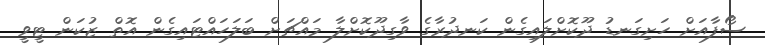
ސޯފާއަށް ހަށިގަނޑު ދޫކޮށްލައިގެން ކަނދުރާގެ ވާގިދޫކޮށްލާ މައްޗަށް ބަލަހައްޓައިގެން އޮތް ޒުކަން ޓީވީ